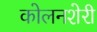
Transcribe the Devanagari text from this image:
कोलनशेरी